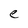
Character: e